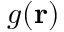
g ( \mathbf { r } )